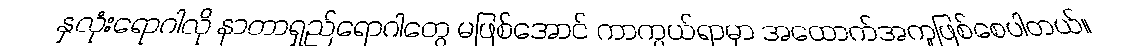
နှလုံးရောဂါလို နာတာရှည်ရောဂါတွေ မဖြစ်အောင် ကာကွယ်ရာမှာ အထောက်အကူဖြစ်စေပါတယ်။